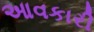
આવકારી